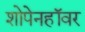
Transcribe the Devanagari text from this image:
शोपेनहॉवर